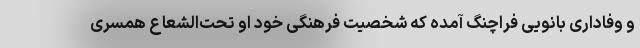
و وفاداری بانویی فراچنگ آمده که شخصیت فرهنگی خود او تحت‌الشعاع همسری